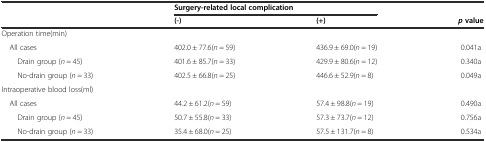
|  | <COLSPAN=2> Surgery-related local complication |  |
 |  | (-) | (+) | pvalue |
 | --- | --- | --- | --- |
 | Operation time(min) |  |  |  |
 | All cases | 402.0 ± 77.6(n = 59) | 436.9 ± 69.0(n = 19) | 0.041a |
 | Drain group (n = 45) | 401.6 ± 85.7(n = 33) | 429.9 ± 80.6(n = 12) | 0.340a |
 | No-drain group (n = 33) | 402.5 ± 66.8(n = 25) | 446.6 ± 52.9(n = 8) | 0.049a |
 | Intraoperative blood loss(ml) |  |  |  |
 | All cases | 44.2 ± 61.2(n = 59) | 57.4 ± 98.8(n = 19) | 0.490a |
 | Drain group (n = 45) | 50.7 ± 55.8(n = 33) | 57.3 ± 73.7(n = 12) | 0.756a |
 | No-drain group (n = 33) | 35.4 ± 68.0(n = 25) | 57.5 ± 131.7(n = 8) | 0.534a |